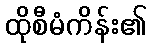
ထိုစီမံကိန်း၏